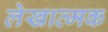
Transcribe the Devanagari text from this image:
लेखात्मक